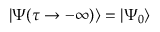
| \Psi ( \tau \rightarrow - \infty ) \rangle = | \Psi _ { 0 } \rangle